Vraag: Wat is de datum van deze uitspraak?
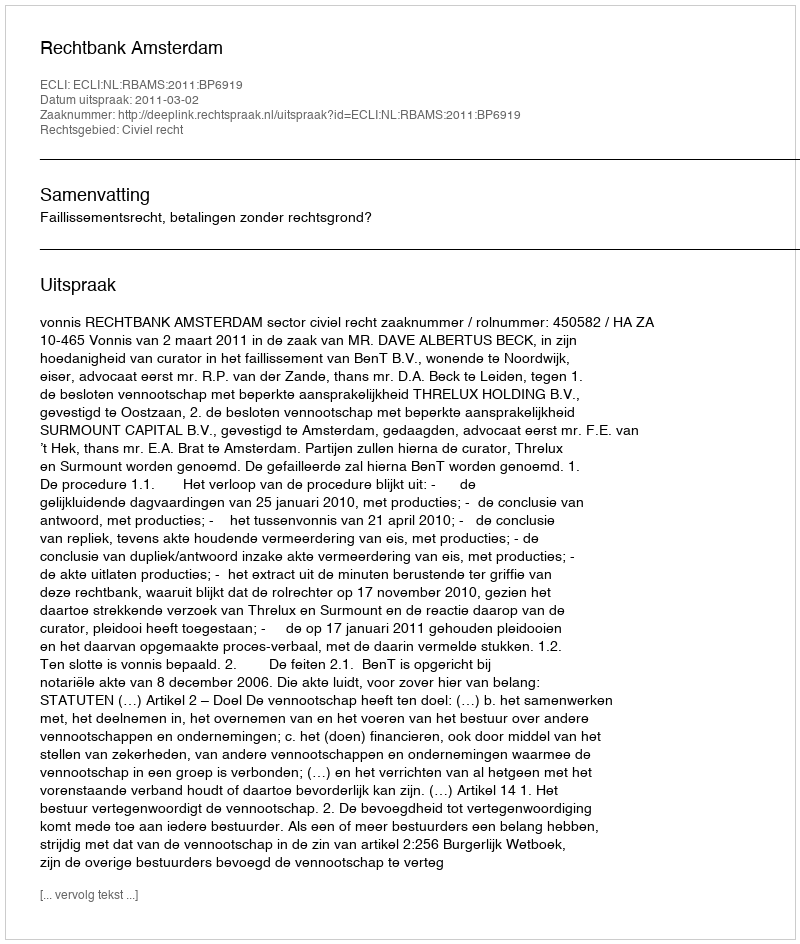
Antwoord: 2011-03-02